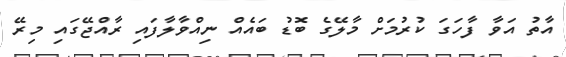
އާތު އަވާ ފާހަގަ ކުރުމަށް މާލޭގެ ބޮޑު ބައެއް ނިއްވާލާފައި ރާއްޖޭގައި މިރޭ